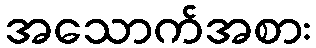
အသောက်အစား